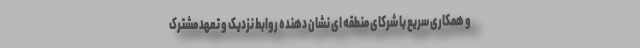
و همکاری سریع با شرکای منطقه ای نشان دهنده روابط نزدیک و تعهد مشترک